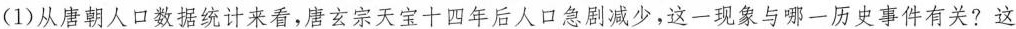
(1)从唐朝人口数据统计来看，唐玄宗天宝十四年后人口急剧减少，这一现象与哪一历史事件有关?这